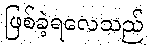
ဖြစ်ခဲ့ရလေသည်